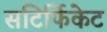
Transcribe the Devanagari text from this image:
सटिर्फिकेट